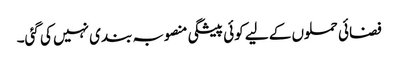
فضائی حملوں کے لیے کوئی پیشگی منصوبہ بندی نہیں کی گئی۔